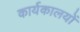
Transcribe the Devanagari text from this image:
कार्यकालयों